Report on vaccination in the Province of Bengal - 1869-1873
Year: 1869
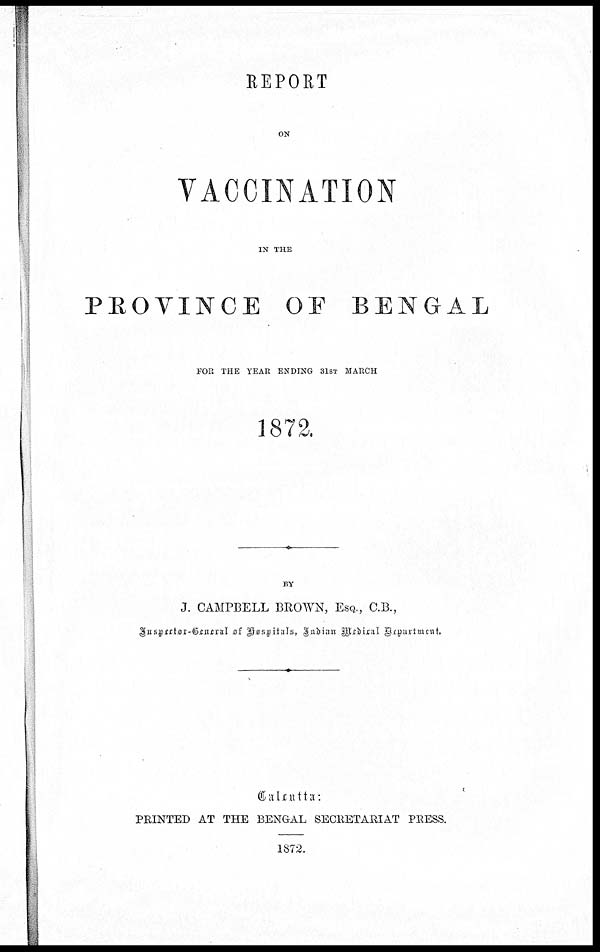
REPORT
ON
VACCINATION
IN THE
PROVINCE OF BENGAL
FOR THE YEAR ENDING 31ST MARCH
1872.
BY
J. CAMPBELL BROWN, ESQ., C.B.,
Inspector-General of Hospitals, Indian Medical Department.
Calcutta :
PRINTED AT THE BENGAL SECRETARIAT PRESS.
1872.